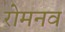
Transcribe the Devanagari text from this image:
रोमनव